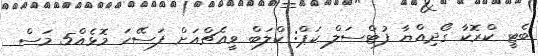
ބެޓީ ކްރޮކާ ގޯދިއްޔާ ފުޓްސަލް ކަޕް: ކްލަބް ވީއެޗްއަށް ފަސޭހަ މޮޅެއް5 މަސް